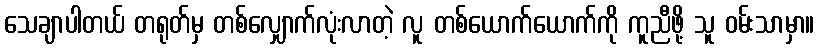
သေချာပါတယ် တရုတ်မှ တစ်လျှောက်လုံးလာတဲ့ လူ တစ်ယောက်ယောက်ကို ကူညီဖို့ သူ ဝမ်းသာမှာ။